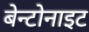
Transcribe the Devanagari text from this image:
बेन्टोनाइट